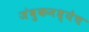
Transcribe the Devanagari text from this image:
जंबुकमध्येच